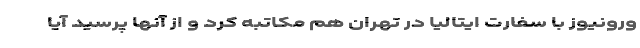
ورونیوز با سفارت ایتالیا در تهران هم مکاتبه کرد و از آنها پرسید آیا